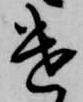
遣